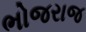
ભોજરાજ